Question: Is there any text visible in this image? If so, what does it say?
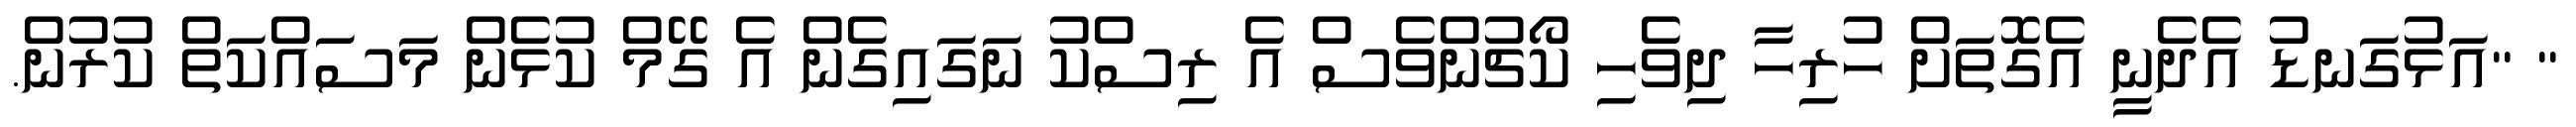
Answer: " "އަޅުގަނޑު އެދެނީ އެގޮތަށް ހުރިހާ ދިވެހި ކޯޗުންވެސް އެ ރިސްކު ނަގައިގެން އެ ގޭމް ކުޅެން މަސައްކަތް ކުރުން.